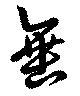
垂